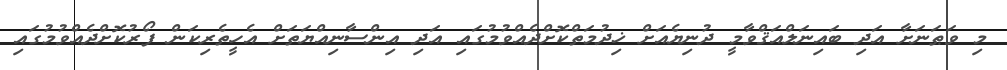
މި ވަޠަނަށާ އަދި ބައިނަލްއަޤްވާމީ ދުނިޔެއަށް ޚިދުމަތްކޮށްދެއްވުމުގައި އަދި އިންސާނިއްޔަތަށް އެހީތެރިކަން ފޯރުކޮށްދެއްވުމުގައި